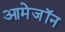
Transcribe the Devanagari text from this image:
आमेजॉन